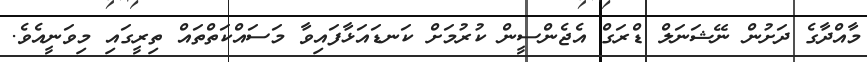
މާއްދާގެ ދަށުން ނޭޝަނަލް ޑްރަގް އެޖެންސީން ކުރުމަށް ކަނޑައަޅާފައިވާ މަސައްކަތްތައް ތިރީގައި މިވަނީއެވެ.